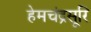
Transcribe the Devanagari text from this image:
हेमचंद्रसूरि